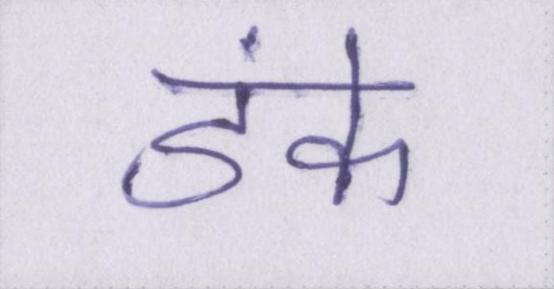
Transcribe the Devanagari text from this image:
डंके